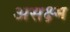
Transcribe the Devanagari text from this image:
असक्ष्म